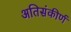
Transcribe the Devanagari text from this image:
अतिसंकीर्ण